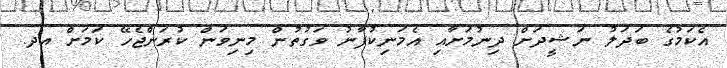
އެކަމުގެ ބަދަލު ނަޝީދަށް ދިނުމަށާއި އެމަނިކުފާނު ވަގުތުން މިނިވަން ކުރަންޖެހޭ ކަމަށް އދ.